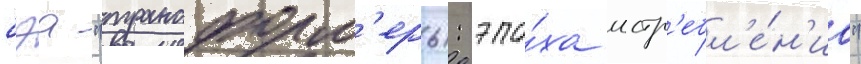
бэа "трансформ'еры: эпо́ха истр'ебл'е́н'иа"